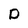
Character: D